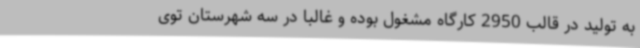
به تولید در قالب 2950 کارگاه مشغول بوده و غالبا در سه شهرستان توی